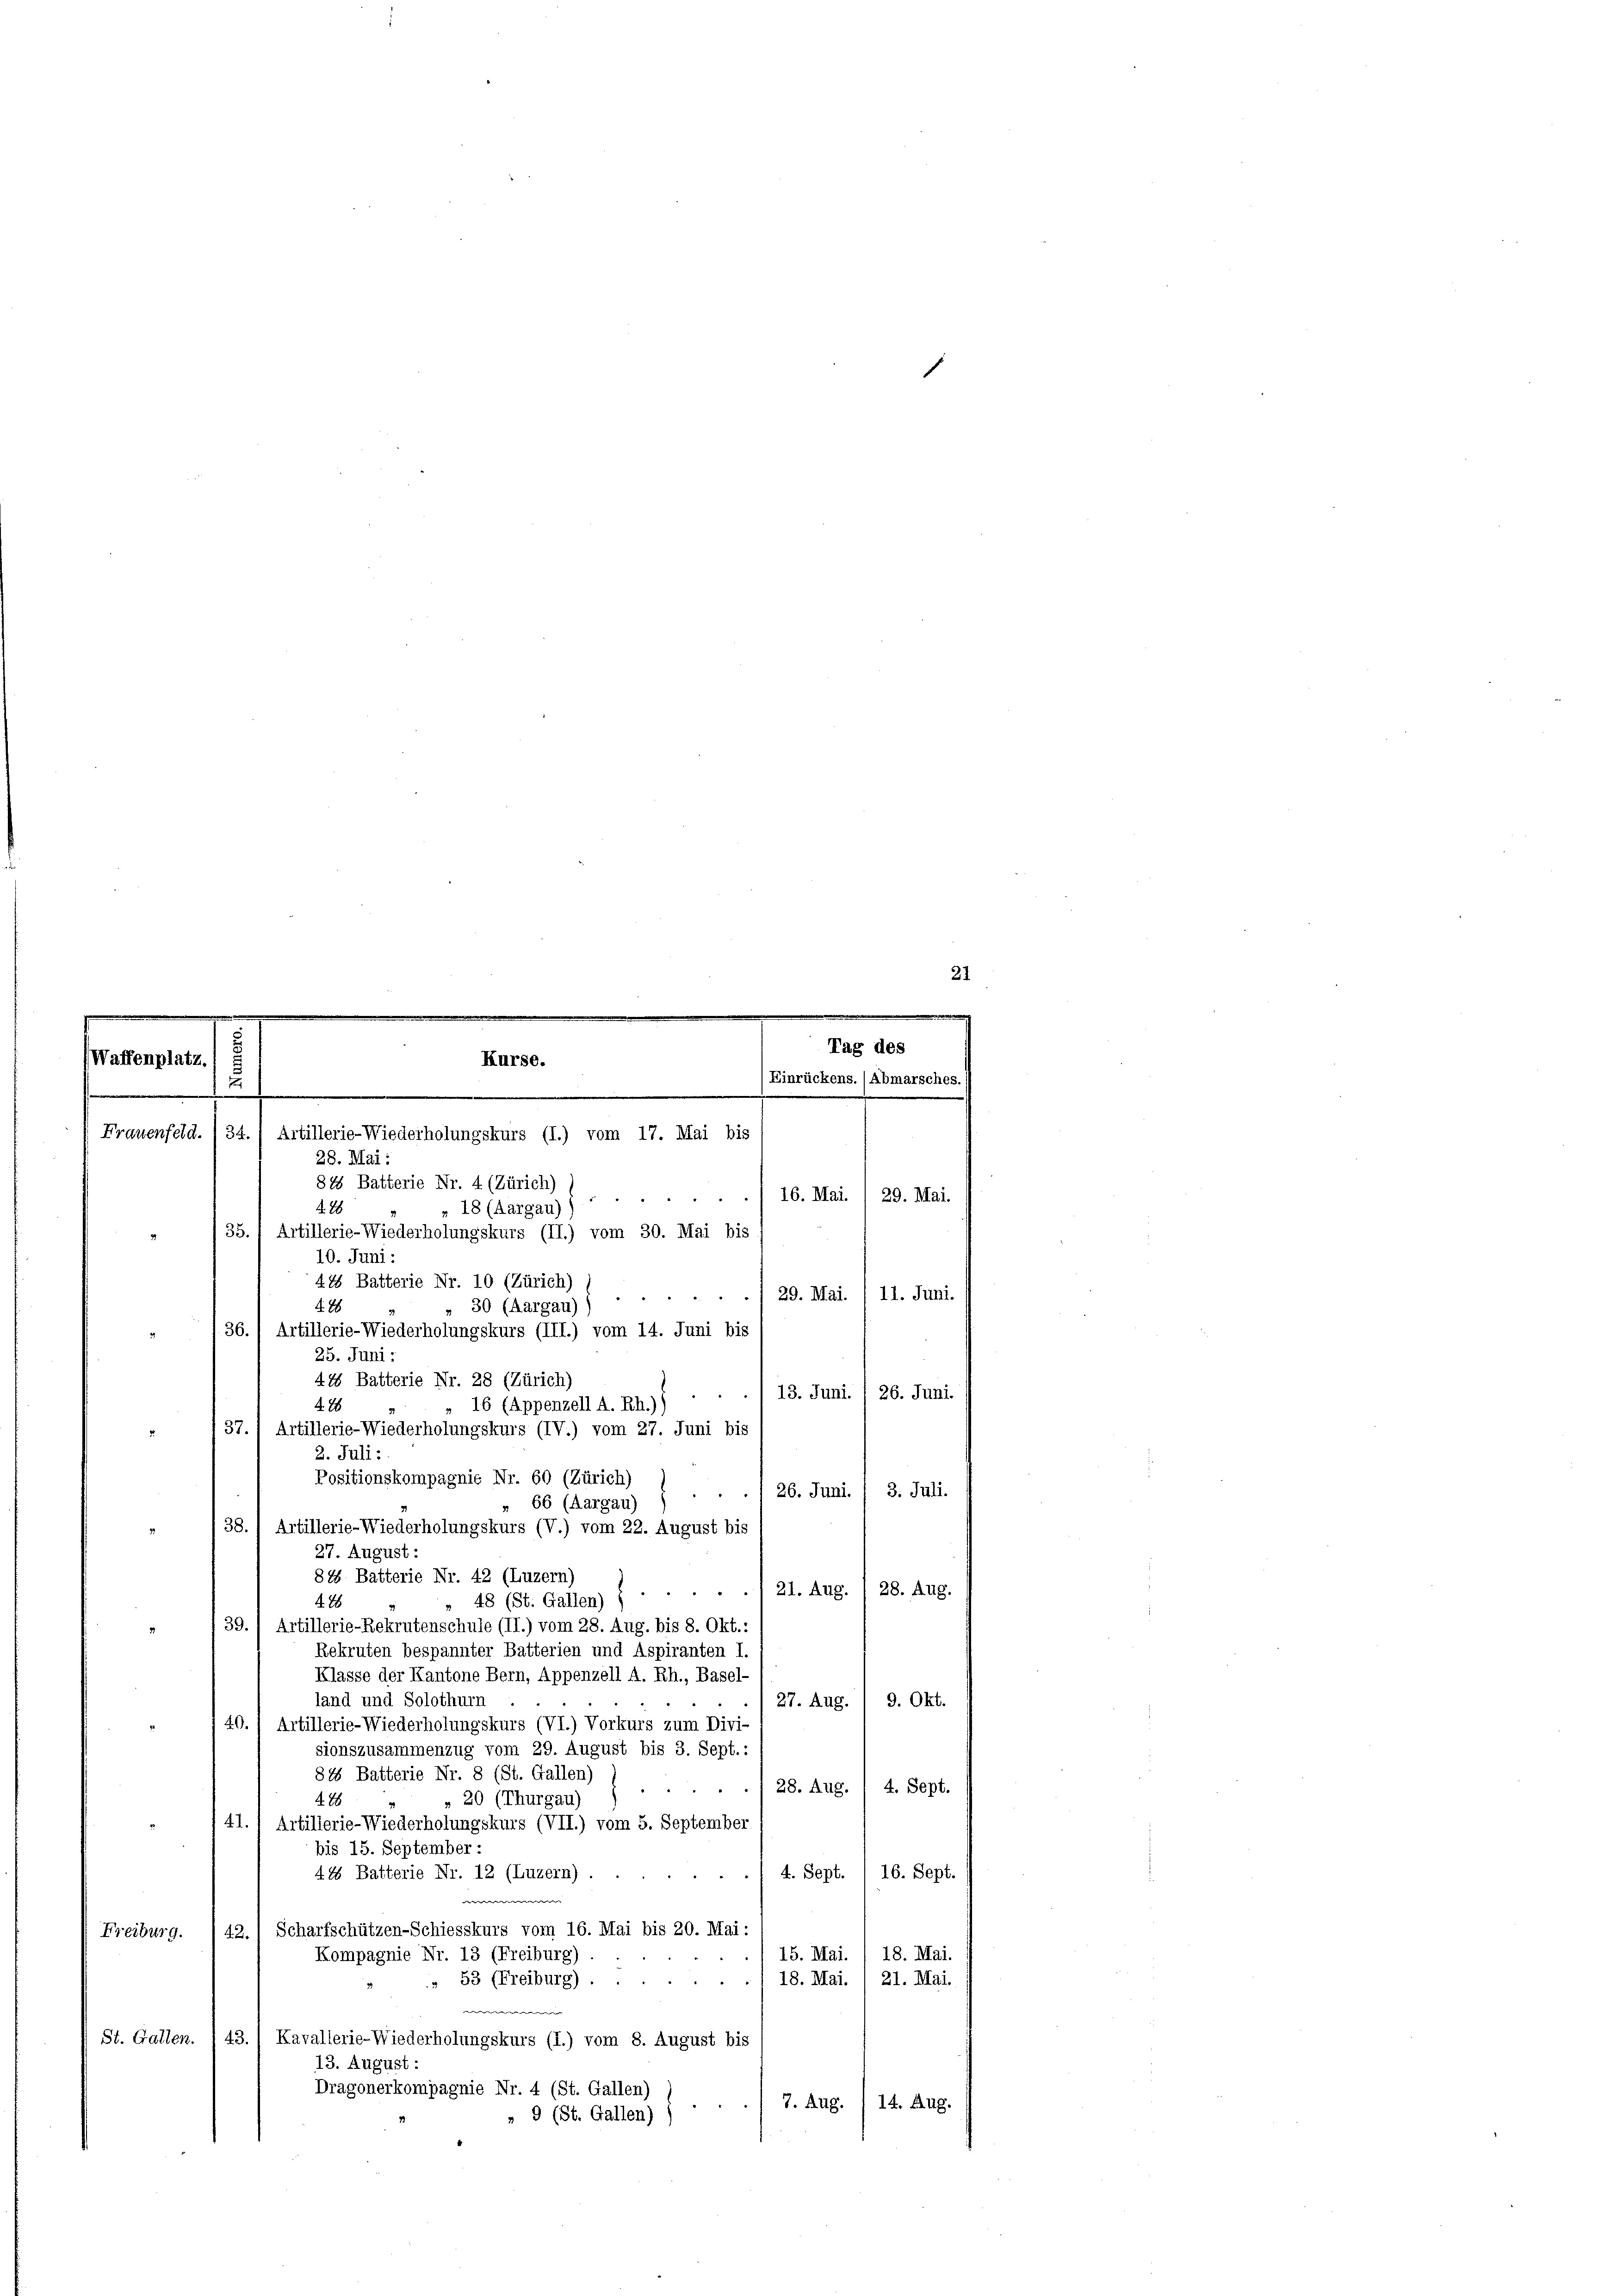
21

affenplatz.
Kurse.
e
2
.
Frauenfeld. /34., Artillerie-Wiederholungskurs (I.) vom 17. Mai bis
28. Mai:

37.) Artillerie-Wiederholungskurs (IV.) vom 27. Juni bis
2. Juli:
Positionskompagnie Nr. 60 (Zürich)
26. Juni. / 3. Juli.
» 66 (Aargau)
38. 1 Artillerie-Wiederholungskurs (V.) vom 22. August bis
27. August :
84 Batterie Nr. 42 (Luzern)
21. Aug. / 28. Aug.
42
48 (St. Gallen)
39.) Artillerie-Rekrutenschule (II.) vom 28. Aug. bis 8. Okt.:
Rekruten bespannter Batterien und Aspiranten I.
Klasse der Kantone Bern, Appenzell A. Rh., Basel-
land und Solothurn
27. Aug. 1 9. Okt.
40.) Artillerie-Wiederholungskurs (VI.) Vorkurs zum Divi-
sionszusammenzug vom 29. August bis 3. Sept.:
815 Batterie Nr. 8 (St. Gallen)
4. Sept.
. 28. Aug.
488
» 20 (Thurgau)
41. 1 Artillerie-Wiederholungskurs (VII.) vom 5. September
bis 15. September :
4. Sept. / 16. Sept.
44 Batterie Nr. 12 (Luzern) .
we
42. 1 Scharfschützen-Schiesskurs vom 16. Mai bis 20. Mai:
Freiburg.
15. Mai.
18. Mai.
Kompagnie Nr. 13 (Freiburg).
18. Mai. / 21. Mai.
 53 (Freiburg) ..
w
St. Gallen. 143. / Kavallerie-Wiederholungskurs (I.) vom 8. August bis
13. August :
Dragonerkompagnie Nr. 4 (St. Gallen)
7. Aug. 14. Aug.
„ 9 (St. Gallen)

815 Batterie Nr. 4 (Zürich)
4. 28
" 18 (Aargau))
/35., Artillerie-Wiederholungskurs (II.) vom 30. Mai bis
10. Juni:
418 Batterie Nr. 10 (Zürich)
30 (Aargau)
428
36.) Artillerie-Wiederholungskurs (III.) vom 14. Juni bis
25. Juni:
44 Batterie Nr. 28 (Zürich)
» 16 (Appenzell A. Rh.)
4. 28

Tag des
Einrückens. (Abmarsches.
.
16. Mai. 1 29. Mai.
29. Mai. / 11. Juni.
.
13. Juni. 1 26. Juni.
.